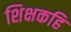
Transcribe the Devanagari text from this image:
शिक्षकहि